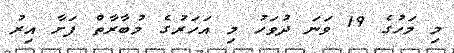
މި މަހުގެ 19 ވަނަ ދުވަހު މި އަހަރުގެ މުބާރާތް ފަށާ އިރު